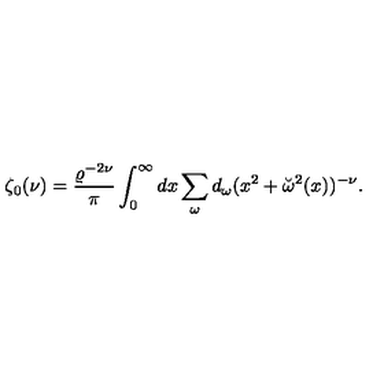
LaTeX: \zeta _ { 0 } ( \nu ) = { \frac { \varrho ^ { - 2 \nu } } { \pi } } \int _ { 0 } ^ { \infty } d x \sum _ { \omega } d _ { \omega } ( x ^ { 2 } + \breve { \omega } ^ { 2 } ( x ) ) ^ { - \nu } .